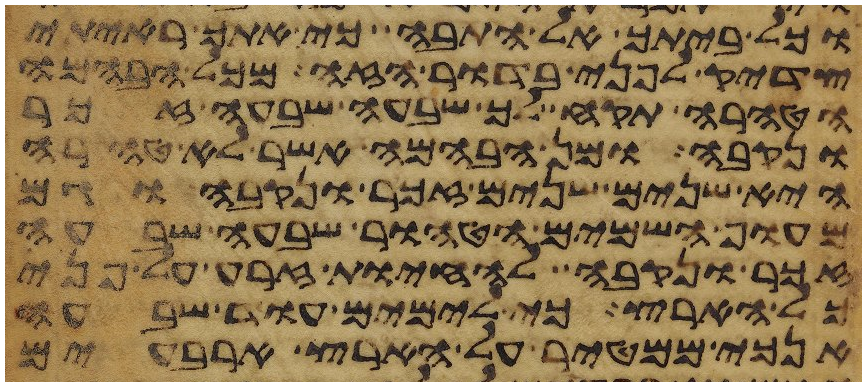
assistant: וכל ביתך אל התבה כי אתך ראיתי
צדיק לפני בדור הזה מכל הבהמה
הטהרה תקח לך שבעה שבעה זכר
ונקבה ומן הבהמה אשר לא טהרה
היא שנים שנים זכר ונקבה וגם
מעוף השמים הטהור שבעה שבעה
זכר ונקבה להחיות זרע על פני
כל הארץ כי לימים עוד שבעה
אנכי ממטיר על הארץ ארבעים